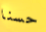
حسنا